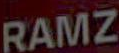
RAMZ